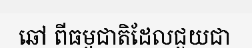
ឆៅ ពីធម្មជាតិដែលជួយជា